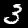
Digit: 3